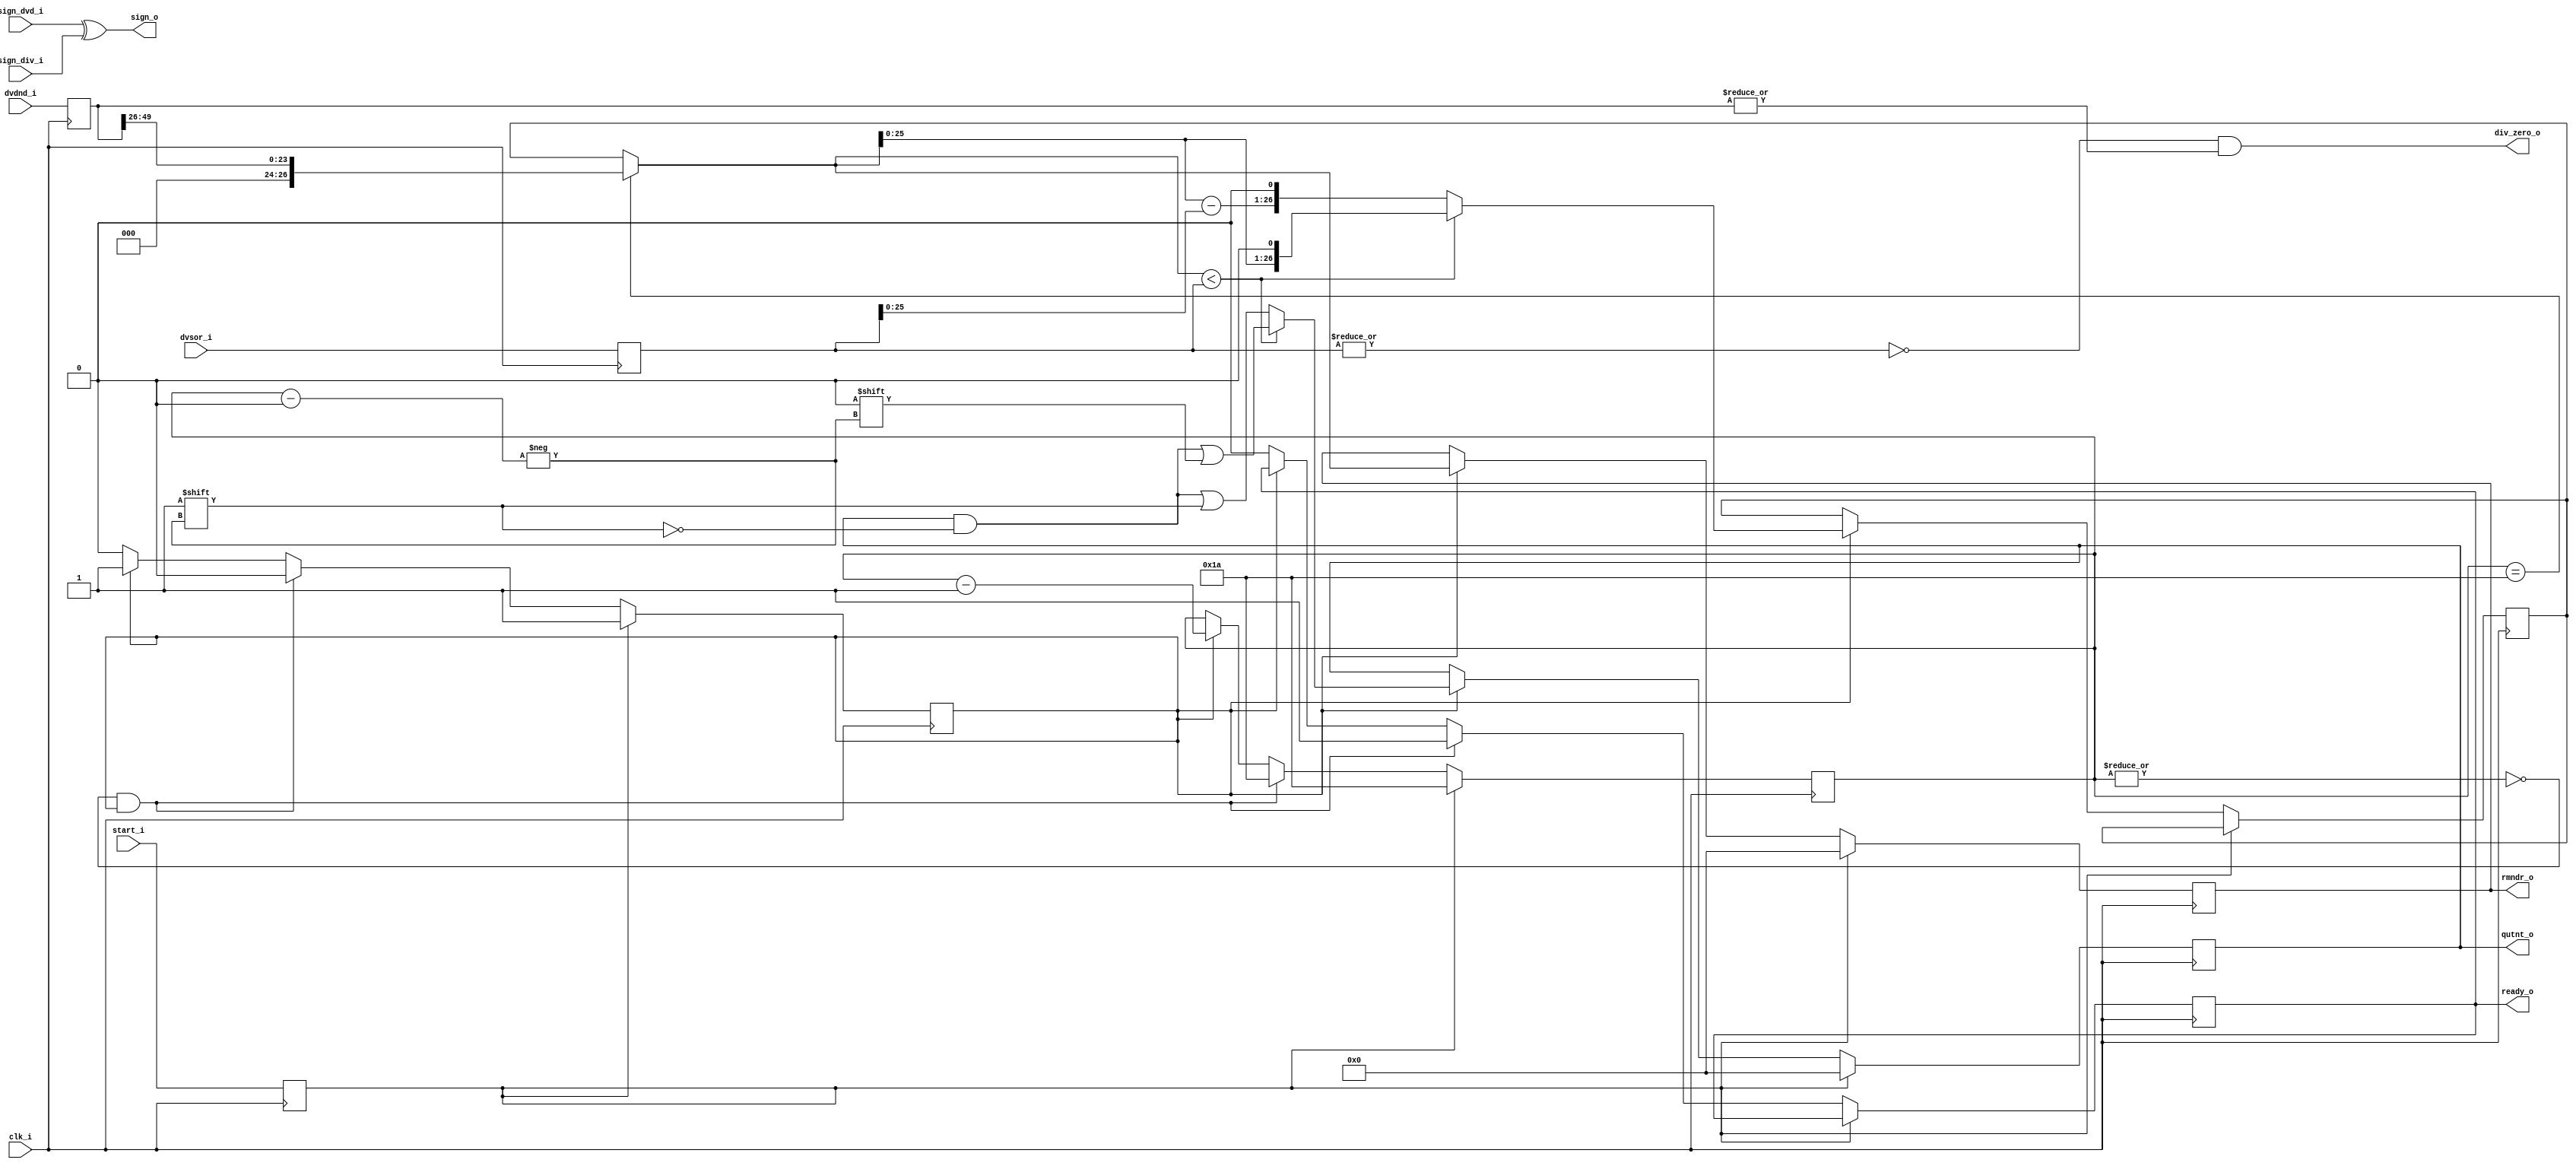
//////////////////////////////////////////////////////////////////////
////                                                              ////
////  or1200_fpu_div                                              ////
////                                                              ////
////  This file is part of the OpenRISC 1200 project              ////
////  http://opencores.org/project,or1k                           ////
////                                                              ////
////  Description                                                 ////
////  division entity for the division unit                       ////
////                                                              ////
////  To Do:                                                      ////
////                                                              ////
////                                                              ////
////  Author(s):                                                  ////
////      - Original design (FPU100) -                            ////
////        Jidan Al-eryani, jidan@gmx.net                        ////
////      - Conv. to Verilog and inclusion in OR1200 -            ////
////        Julius Baxter, julius@opencores.org                   ////
////                                                              ////
//////////////////////////////////////////////////////////////////////
//
//  Copyright (C) 2006, 2010
//
//	This source file may be used and distributed without        
//	restriction provided that this copyright statement is not   
//	removed from the file and that any derivative work contains 
//	the original copyright notice and the associated disclaimer.
//                                                           
//		THIS SOFTWARE IS PROVIDED ``AS IS'' AND WITHOUT ANY     
//	EXPRESS OR IMPLIED WARRANTIES, INCLUDING, BUT NOT LIMITED   
//	TO, THE IMPLIED WARRANTIES OF MERCHANTABILITY AND FITNESS   
//	FOR A PARTICULAR PURPOSE. IN NO EVENT SHALL THE AUTHOR      
//	OR CONTRIBUTORS BE LIABLE FOR ANY DIRECT, INDIRECT,         
//	INCIDENTAL, SPECIAL, EXEMPLARY, OR CONSEQUENTIAL DAMAGES    
//	(INCLUDING, BUT NOT LIMITED TO, PROCUREMENT OF SUBSTITUTE   
//	GOODS OR SERVICES; LOSS OF USE, DATA, OR PROFITS; OR        
//	BUSINESS INTERRUPTION) HOWEVER CAUSED AND ON ANY THEORY OF  
//	LIABILITY, WHETHER IN  CONTRACT, STRICT LIABILITY, OR TORT  
//	(INCLUDING NEGLIGENCE OR OTHERWISE) ARISING IN ANY WAY OUT  
//	OF THE USE OF THIS SOFTWARE, EVEN IF ADVISED OF THE         
//	POSSIBILITY OF SUCH DAMAGE. 
//

module or1200_fpu_div
  (
   clk_i,
   dvdnd_i,
   dvsor_i,
   sign_dvd_i,
   sign_div_i,
   start_i,
   ready_o,
   qutnt_o,
   rmndr_o,
   sign_o,
   div_zero_o
   );

   parameter FP_WIDTH = 32;
   parameter MUL_SERIAL = 0; // 0 for parallel multiplier, 1 for serial
   parameter MUL_COUNT = 11; //11 for parallel multiplier, 34 for serial
   parameter FRAC_WIDTH = 23;
   parameter EXP_WIDTH = 8;
   parameter ZERO_VECTOR = 31'd0;
   parameter INF = 31'b1111111100000000000000000000000;
   parameter QNAN = 31'b1111111110000000000000000000000;
   parameter SNAN = 31'b1111111100000000000000000000001;


   input clk_i;
   input [2*(FRAC_WIDTH+2)-1:0] dvdnd_i;
   input [FRAC_WIDTH+3:0] 	dvsor_i;
   input 			sign_dvd_i;
   input 			sign_div_i;
   input 			start_i;
   output 			ready_o;
   output [FRAC_WIDTH+3:0] 	qutnt_o;
   output [FRAC_WIDTH+3:0] 	rmndr_o;
   output 			sign_o;
   output 			div_zero_o;
   
   parameter t_state_waiting = 1'b0,
	       t_state_busy = 1'b1;
   
   reg [FRAC_WIDTH+3:0] 	s_qutnt_o;
   reg [FRAC_WIDTH+3:0] 	s_rmndr_o;   
   reg [2*(FRAC_WIDTH+2)-1:0] 	s_dvdnd_i;   
   reg [FRAC_WIDTH+3:0] 	s_dvsor_i;
   reg 				s_sign_dvd_i, s_sign_div_i;
   wire 			s_sign_o;
   wire 			s_div_zero_o;
   reg 				s_start_i;
   reg 				s_ready_o;
   reg 				s_state;
   reg [4:0] 			s_count;
   reg [FRAC_WIDTH+3:0] 	s_dvd;

   // Input Register
   always @(posedge clk_i)
     begin
	s_dvdnd_i <= dvdnd_i;
	s_dvsor_i <= dvsor_i;
	s_sign_dvd_i<= sign_dvd_i;
	s_sign_div_i<= sign_div_i;
	s_start_i <= start_i;
     end
   
   assign qutnt_o = s_qutnt_o;
   assign rmndr_o = s_rmndr_o;
   assign sign_o = s_sign_o;	
   assign ready_o = s_ready_o;
   assign div_zero_o = s_div_zero_o;

   assign s_sign_o = sign_dvd_i ^ sign_div_i;
   assign s_div_zero_o = !(|s_dvsor_i) & (|s_dvdnd_i);
   

   always @(posedge clk_i)
     if (s_start_i)
       begin
	  s_state <= t_state_busy;
	  s_count <= 26;
       end
     else if (!(|s_count) & s_state==t_state_busy)
       begin
	  s_state <= t_state_waiting;
	  s_ready_o <= 1;
	  s_count <=26;
       end
     else if (s_state==t_state_busy)
       s_count <= s_count - 1;
     else
       begin
	  s_state <= t_state_waiting;
	  s_ready_o <= 0;
       end

   wire [26:0] v_div;
   assign v_div = (s_count==26) ? {3'd0,s_dvdnd_i[49:26]} : s_dvd;
   wire [26:0] v_div_minus_s_dvsor_i;
   assign v_div_minus_s_dvsor_i = v_div - s_dvsor_i;
   

   always @(posedge clk_i)
     begin
	//Reset
	if (s_start_i)
	  begin
	     s_qutnt_o <= 0;
	     s_rmndr_o <= 0;
	  end
	else if (s_state==t_state_busy)
	  begin

	     if (v_div < s_dvsor_i)
	       begin
		  s_qutnt_o[s_count] <= 1'b0;
		  s_dvd <= {v_div[25:0],1'b0};		  
	       end
	     else
	       begin
		  s_qutnt_o[s_count] <= 1'b1;
		  s_dvd <= {v_div_minus_s_dvsor_i[25:0],1'b0};		  
	       end

	     s_rmndr_o <= v_div;

	  end // if (s_state==t_state_busy)
     end // always @ (posedge clk_i)

endmodule // or1200_fpu_div